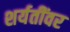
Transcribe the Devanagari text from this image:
शर्यतींवर